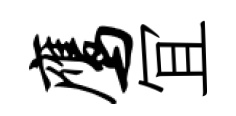
鹰冝